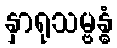
နှာရုသမ္ဗန္ဓံ